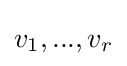
v_{1},...,v_{r}